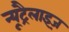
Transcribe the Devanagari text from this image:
न्यूट्रैलाइज़